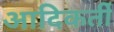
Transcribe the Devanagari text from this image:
आदिकर्ती